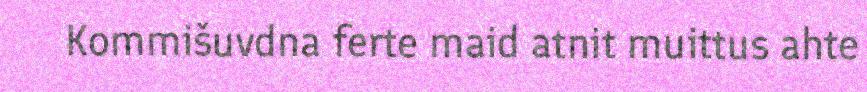
Kommišuvdna ferte maid atnit muittus ahte